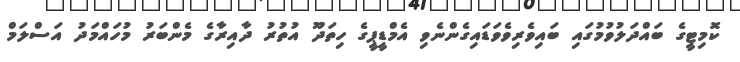
ކޮމިޓީގެ ބައްދަލުވުމުގައި ބައިވެރިވެވަޑައިގެންނެވި އެމްޑީޕީގެ ހިތަދޫ އުތުރު ދާއިރާގެ މެންބަރު މުހައްމަދު އަސްލަމް